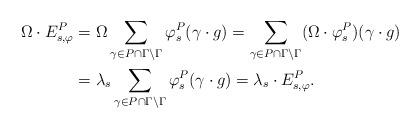
LaTeX: \begin{align*}\Omega \cdot E^P_{s,\varphi} &= \Omega \sum_{{\gamma\in P\cap \Gamma \backslash \Gamma}} \varphi^P_{s}(\gamma\cdot g) = \sum_{{\gamma\in P\cap \Gamma \backslash \Gamma}} (\Omega \cdot \varphi^P_{s})(\gamma\cdot g) \\&= \lambda_s \sum_{{\gamma\in P\cap \Gamma \backslash \Gamma}} \varphi^P_{s}(\gamma\cdot g)=\lambda_s\cdot E^P_{s,\varphi}.\end{align*}